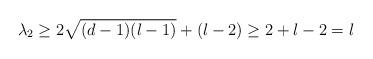
LaTeX: \begin{align*}\lambda_2\ge 2\sqrt{(d-1)(l-1)}+(l-2)\ge 2+l-2=l\end{align*}